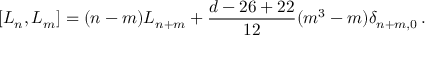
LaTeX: [ L _ { n } , L _ { m } ] = ( n - m ) L _ { n + m } + \frac { d - 2 6 + 2 2 } { 1 2 } ( m ^ { 3 } - m ) \delta _ { n + m , 0 } \, .